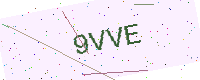
Text: 9VVE